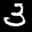
Label: 3